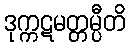
ဒုက္ကဋမတ္တမ္ပီတိ